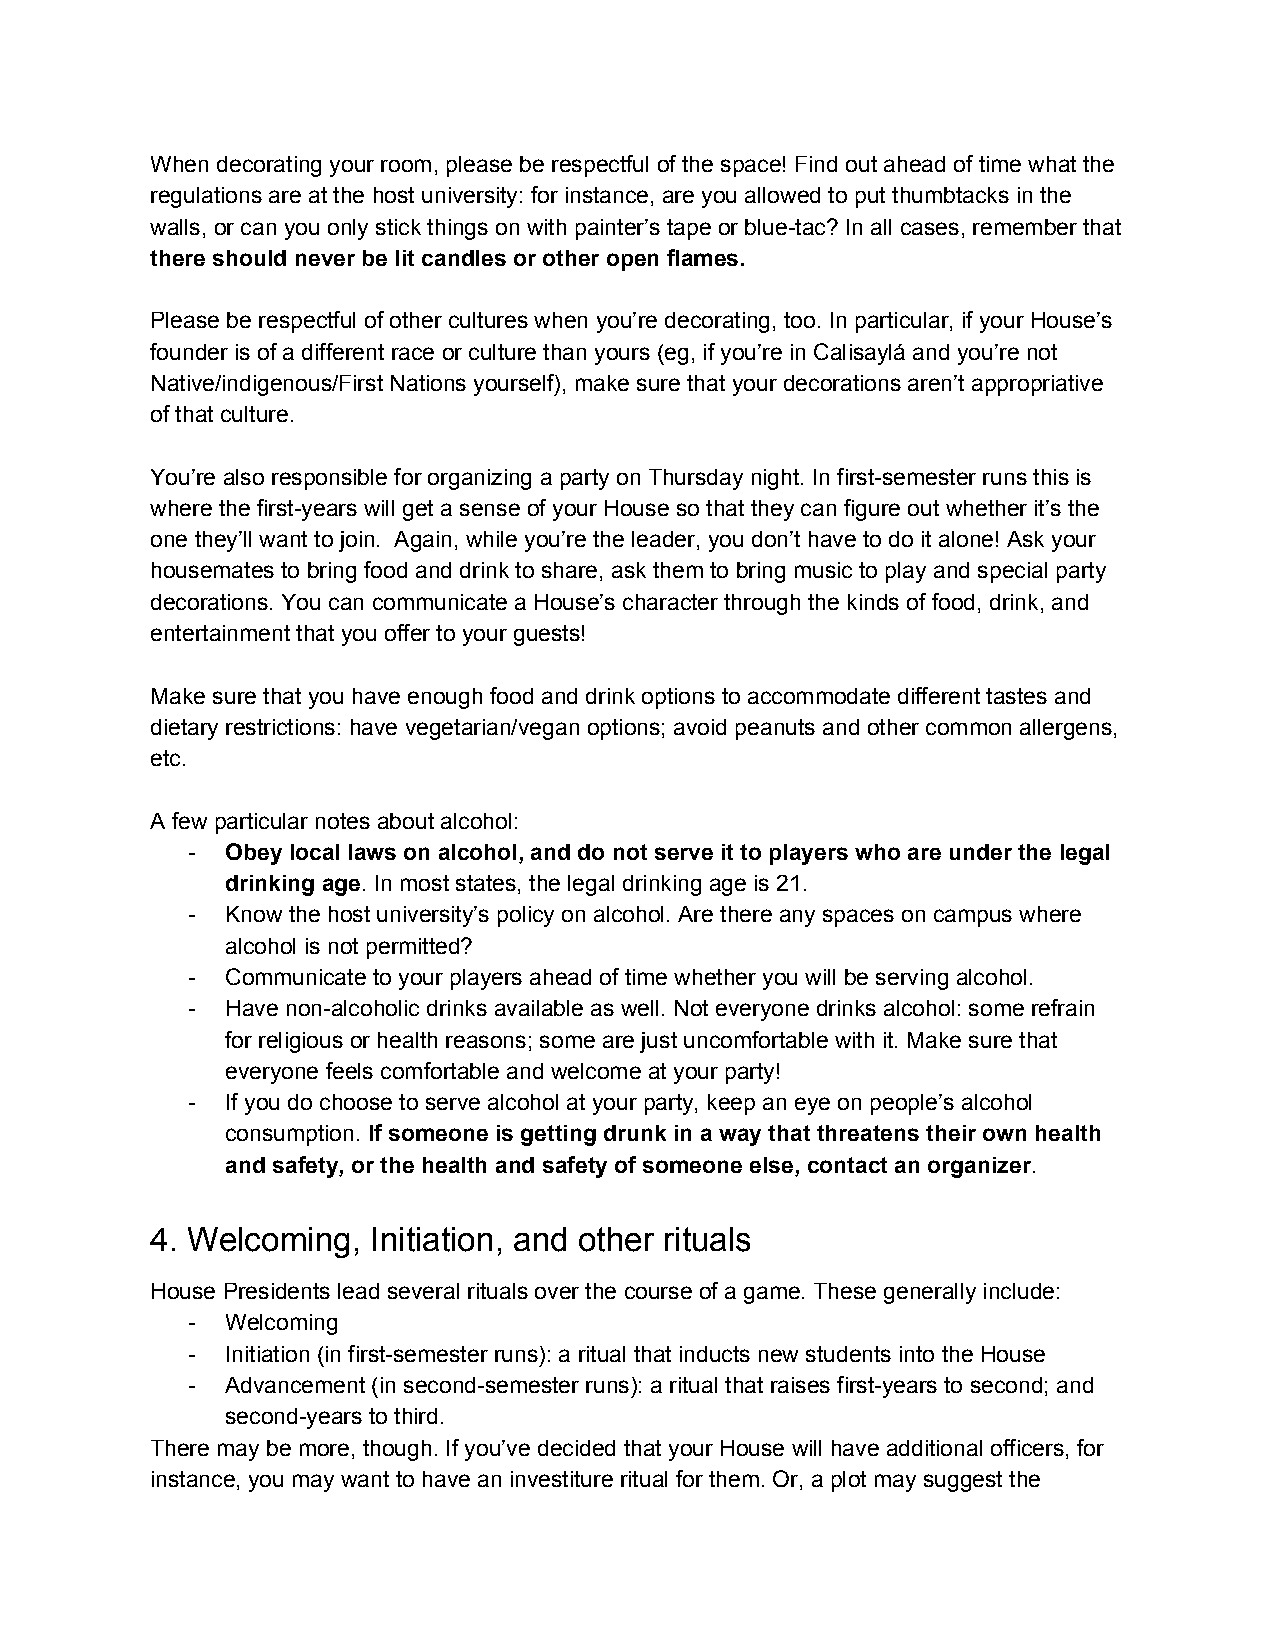
When decorating your room, please be respectful of the space! Find out ahead of time what the
 regulations are at the host university: for instance, are you allowed to put thumbtacks in the
 walls, or can you only stick things on with painter’s tape or blue-tac? In all cases, remember that
 there should never be lit candles or other open flames.
 Please be respectful of other cultures when you’re decorating, too. In particular, if your House’s
 founder is of a different race or culture than yours (eg, if you’re in Calisaylá and you’re not
 Native/indigenous/First Nations yourself), make sure that your decorations aren’t appropriative
 of that culture.
 You’re also responsible for organizing a party on Thursday night. In first-semester runs this is
 where the first-years will get a sense of your House so that they can figure out whether it’s the
 one they’ll want to join. Again, while you’re the leader, you don’t have to do it alone! Ask your
 housemates to bring food and drink to share, ask them to bring music to play and special party
 decorations. You can communicate a House’s character through the kinds of food, drink, and
 entertainment that you offer to your guests!
 Make sure that you have enough food and drink options to accommodate different tastes and
 dietary restrictions: have vegetarian/vegan options; avoid peanuts and other common allergens,
 etc.
 A few particular notes about alcohol:
 -  Obey local laws on alcohol, and do not serve it to players who are under the legal
 drinking age. In most states, the legal drinking age is 21.
 ​
 -  Know the host university’s policy on alcohol. Are there any spaces on campus where
 alcohol is not permitted?
 -  Communicate to your players ahead of time whether you will be serving alcohol.
 -  Have non-alcoholic drinks available as well. Not everyone drinks alcohol: some refrain
 for religious or health reasons; some are just uncomfortable with it. Make sure that
 everyone feels comfortable and welcome at your party!
 -  If you do choose to serve alcohol at your party, keep an eye on people’s alcohol
 consumption. If someone is getting drunk in a way that threatens their own health
 ​
 and safety, or the health and safety of someone else, contact an organizer.
 ​
 4. Welcoming,  Initiation, and other rituals
 House Presidents lead several rituals over the course of a game. These generally include:
 -  Welcoming
 -  Initiation (in first-semester runs): a ritual that inducts new students into the House
 -  Advancement (in second-semester runs): a ritual that raises first-years to second; and
 second-years to third.
 There may be more, though. If you’ve decided that your House will have additional officers, for
 instance, you may want to have an investiture ritual for them. Or, a plot may suggest the